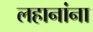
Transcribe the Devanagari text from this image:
लहानांना